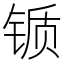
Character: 锧